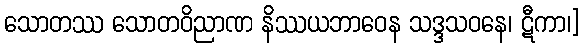
သောတဿ သောတဝိညာဏ နိဿယဘာဝေန သဒ္ဒသဝနေ၊ ဋီကာ၊]